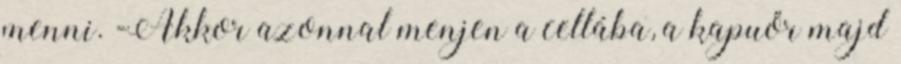
menni. -Akkor azonnal menjen a cellába, a kapuőr majd